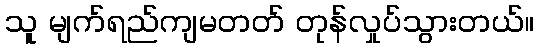
သူ မျက်ရည်ကျမတတ် တုန်လှုပ်သွားတယ်။